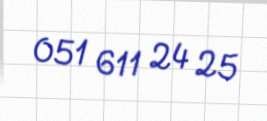
051 611 24 25